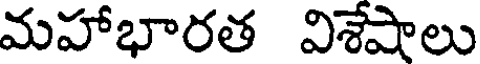
మహాభారత విశేషాలు